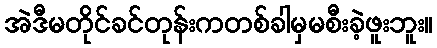
အဲဒီမတိုင်ခင်တုန်းကတစ်ခါမှမစီးခဲ့ဖူးဘူး။